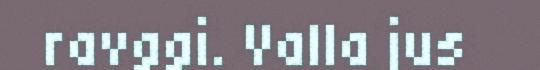
ravggi. Valla jus